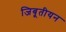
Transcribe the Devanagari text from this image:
जिबूतीयन